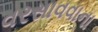
વરસાવવાના